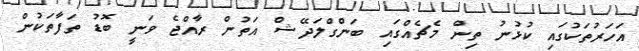
އަހަރުތަކުގައި ކުޅުނު ތިން މެޗެއްގައި ބަންގްލަދޭޝް އަތުން ރާއްޖެ ވަނީ ބޮޑު ތަފާތަކުން